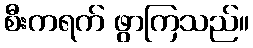
စီးကရက် ဖွာကြသည်။